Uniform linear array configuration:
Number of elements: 4
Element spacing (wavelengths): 0.25
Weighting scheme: kaiser
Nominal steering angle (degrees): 30
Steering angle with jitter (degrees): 30.442
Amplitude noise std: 0.05
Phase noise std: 0.05

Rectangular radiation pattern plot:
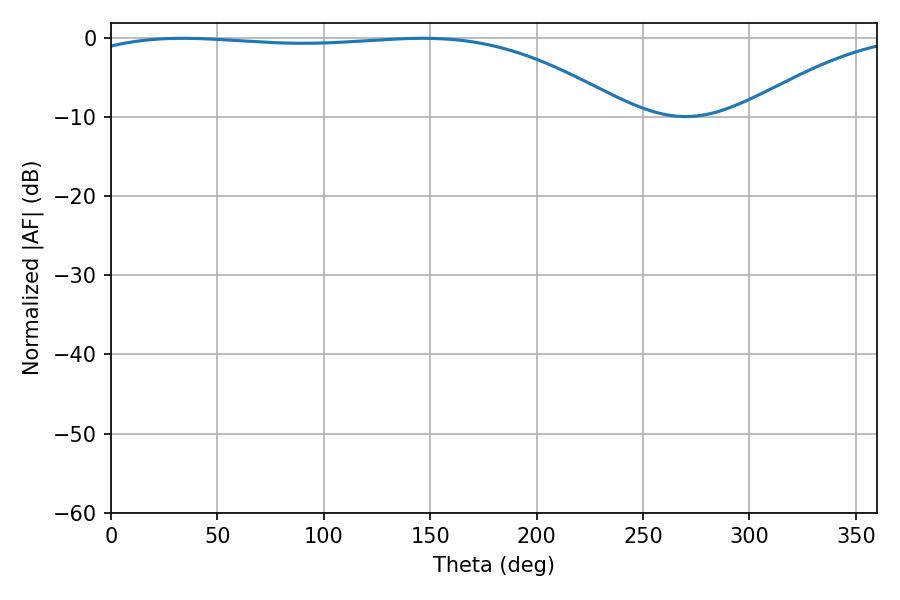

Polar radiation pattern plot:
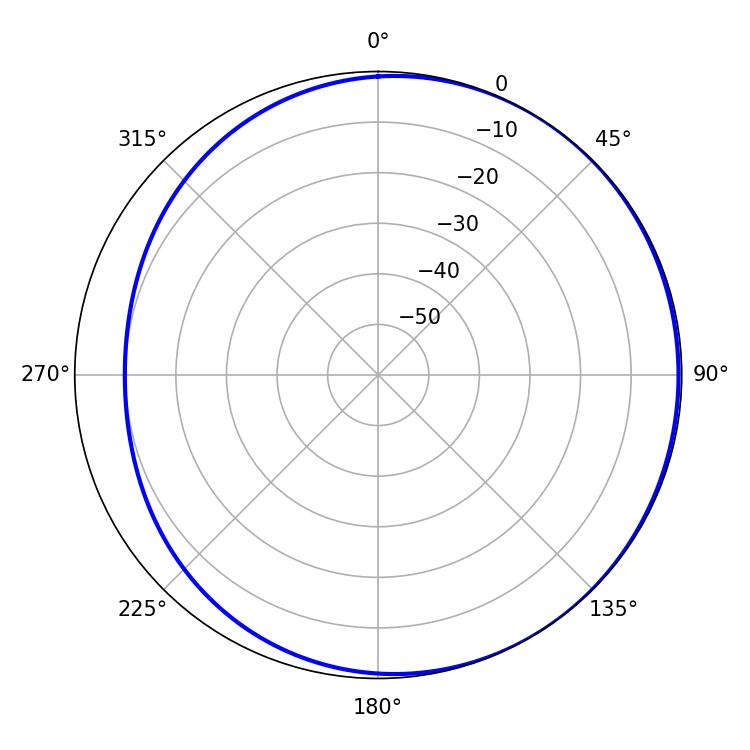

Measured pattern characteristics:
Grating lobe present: FALSE
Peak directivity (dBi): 1.564
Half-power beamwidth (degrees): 203.22
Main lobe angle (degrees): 33.66